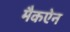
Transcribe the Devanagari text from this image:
मैकऐन